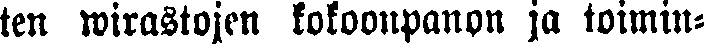
ten wirastojen kokoonpanon ja toimin-